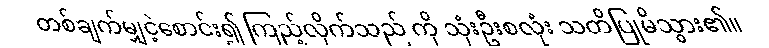
တစ်ချက်မျှငဲ့စောင်း၍ ကြည့်လိုက်သည် ကို သုံးဦးစလုံး သတိပြုမိသွား၏။